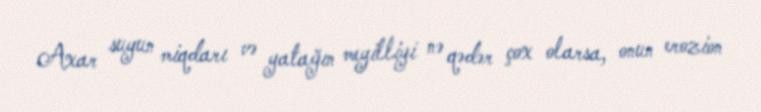
Axar suyun miqdarı və yatağın meyilliyi nə qədər çox olarsa, onun erozion